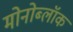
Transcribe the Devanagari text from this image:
मोनोब्लॉक